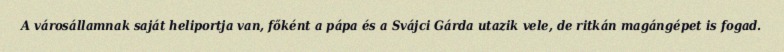
A városállamnak saját heliportja van, főként a pápa és a Svájci Gárda utazik vele, de ritkán magángépet is fogad.